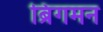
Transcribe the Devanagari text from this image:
ब्रिंगमन